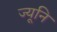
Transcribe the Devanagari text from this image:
ज्यूनि